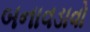
બનાવડાવો